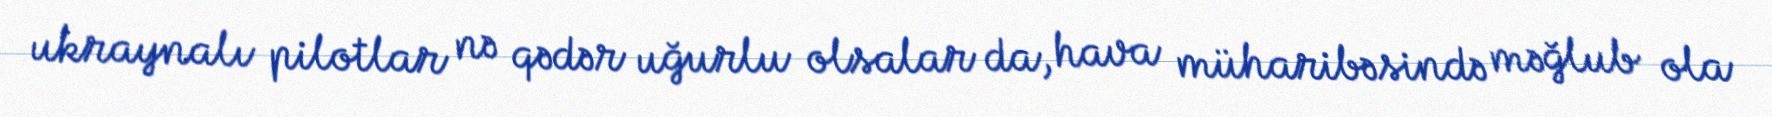
ukraynalı pilotlar nə qədər uğurlu olsalar da, hava müharibəsində məğlub ola